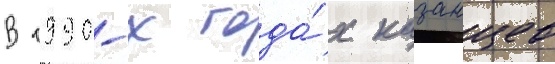
В 1990-х года́х казанцев